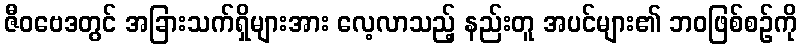
ဇီဝဗေဒတွင် အခြားသက်ရှိများအား လေ့လာသည့် နည်းတူ အပင်များ၏ ဘဝဖြစ်စဉ်ကို